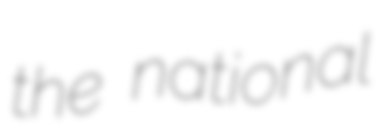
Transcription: the national